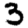
Digit: 3